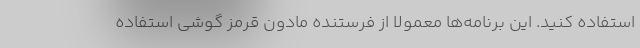
استفاده کنید. این برنامه‌ها معمولا از فرستنده مادون قرمز گوشی استفاده